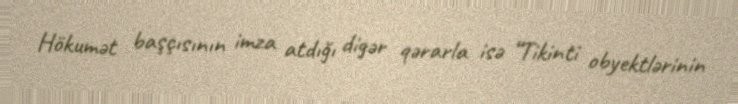
Hökumət başçısının imza atdığı digər qərarla isə “Tikinti obyektlərinin